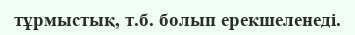
тұрмыстық, т.б. болып ерекшеленеді.